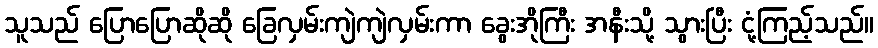
သူသည် ပြောပြောဆိုဆို ခြေလှမ်းကျဲကျဲလှမ်းကာ ခွေးအိုကြီး အနီးသို့ သွားပြီး ငုံ့ကြည့်သည်။